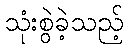
သုံးစွဲခဲ့သည့်